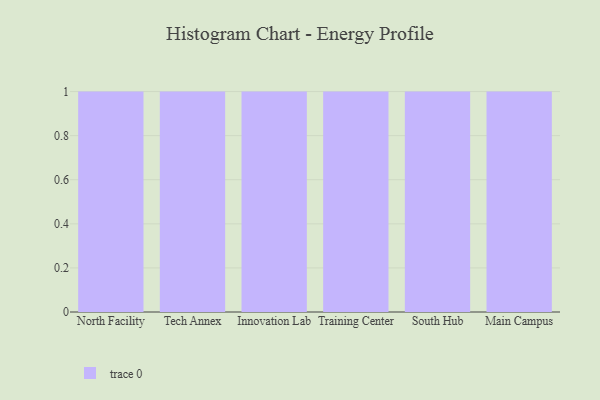
{"axis": {"x": "Campus", "y": "Tickets Resolved"}, "legend": [""], "data": [{"x": "North Facility", "y": 31, "type": ""}, {"x": "Tech Annex", "y": 48, "type": ""}, {"x": "Innovation Lab", "y": 73, "type": ""}, {"x": "Training Center", "y": 7, "type": ""}, {"x": "South Hub", "y": 95, "type": ""}, {"x": "Main Campus", "y": 44, "type": ""}]}